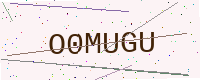
Text: O0MUGU